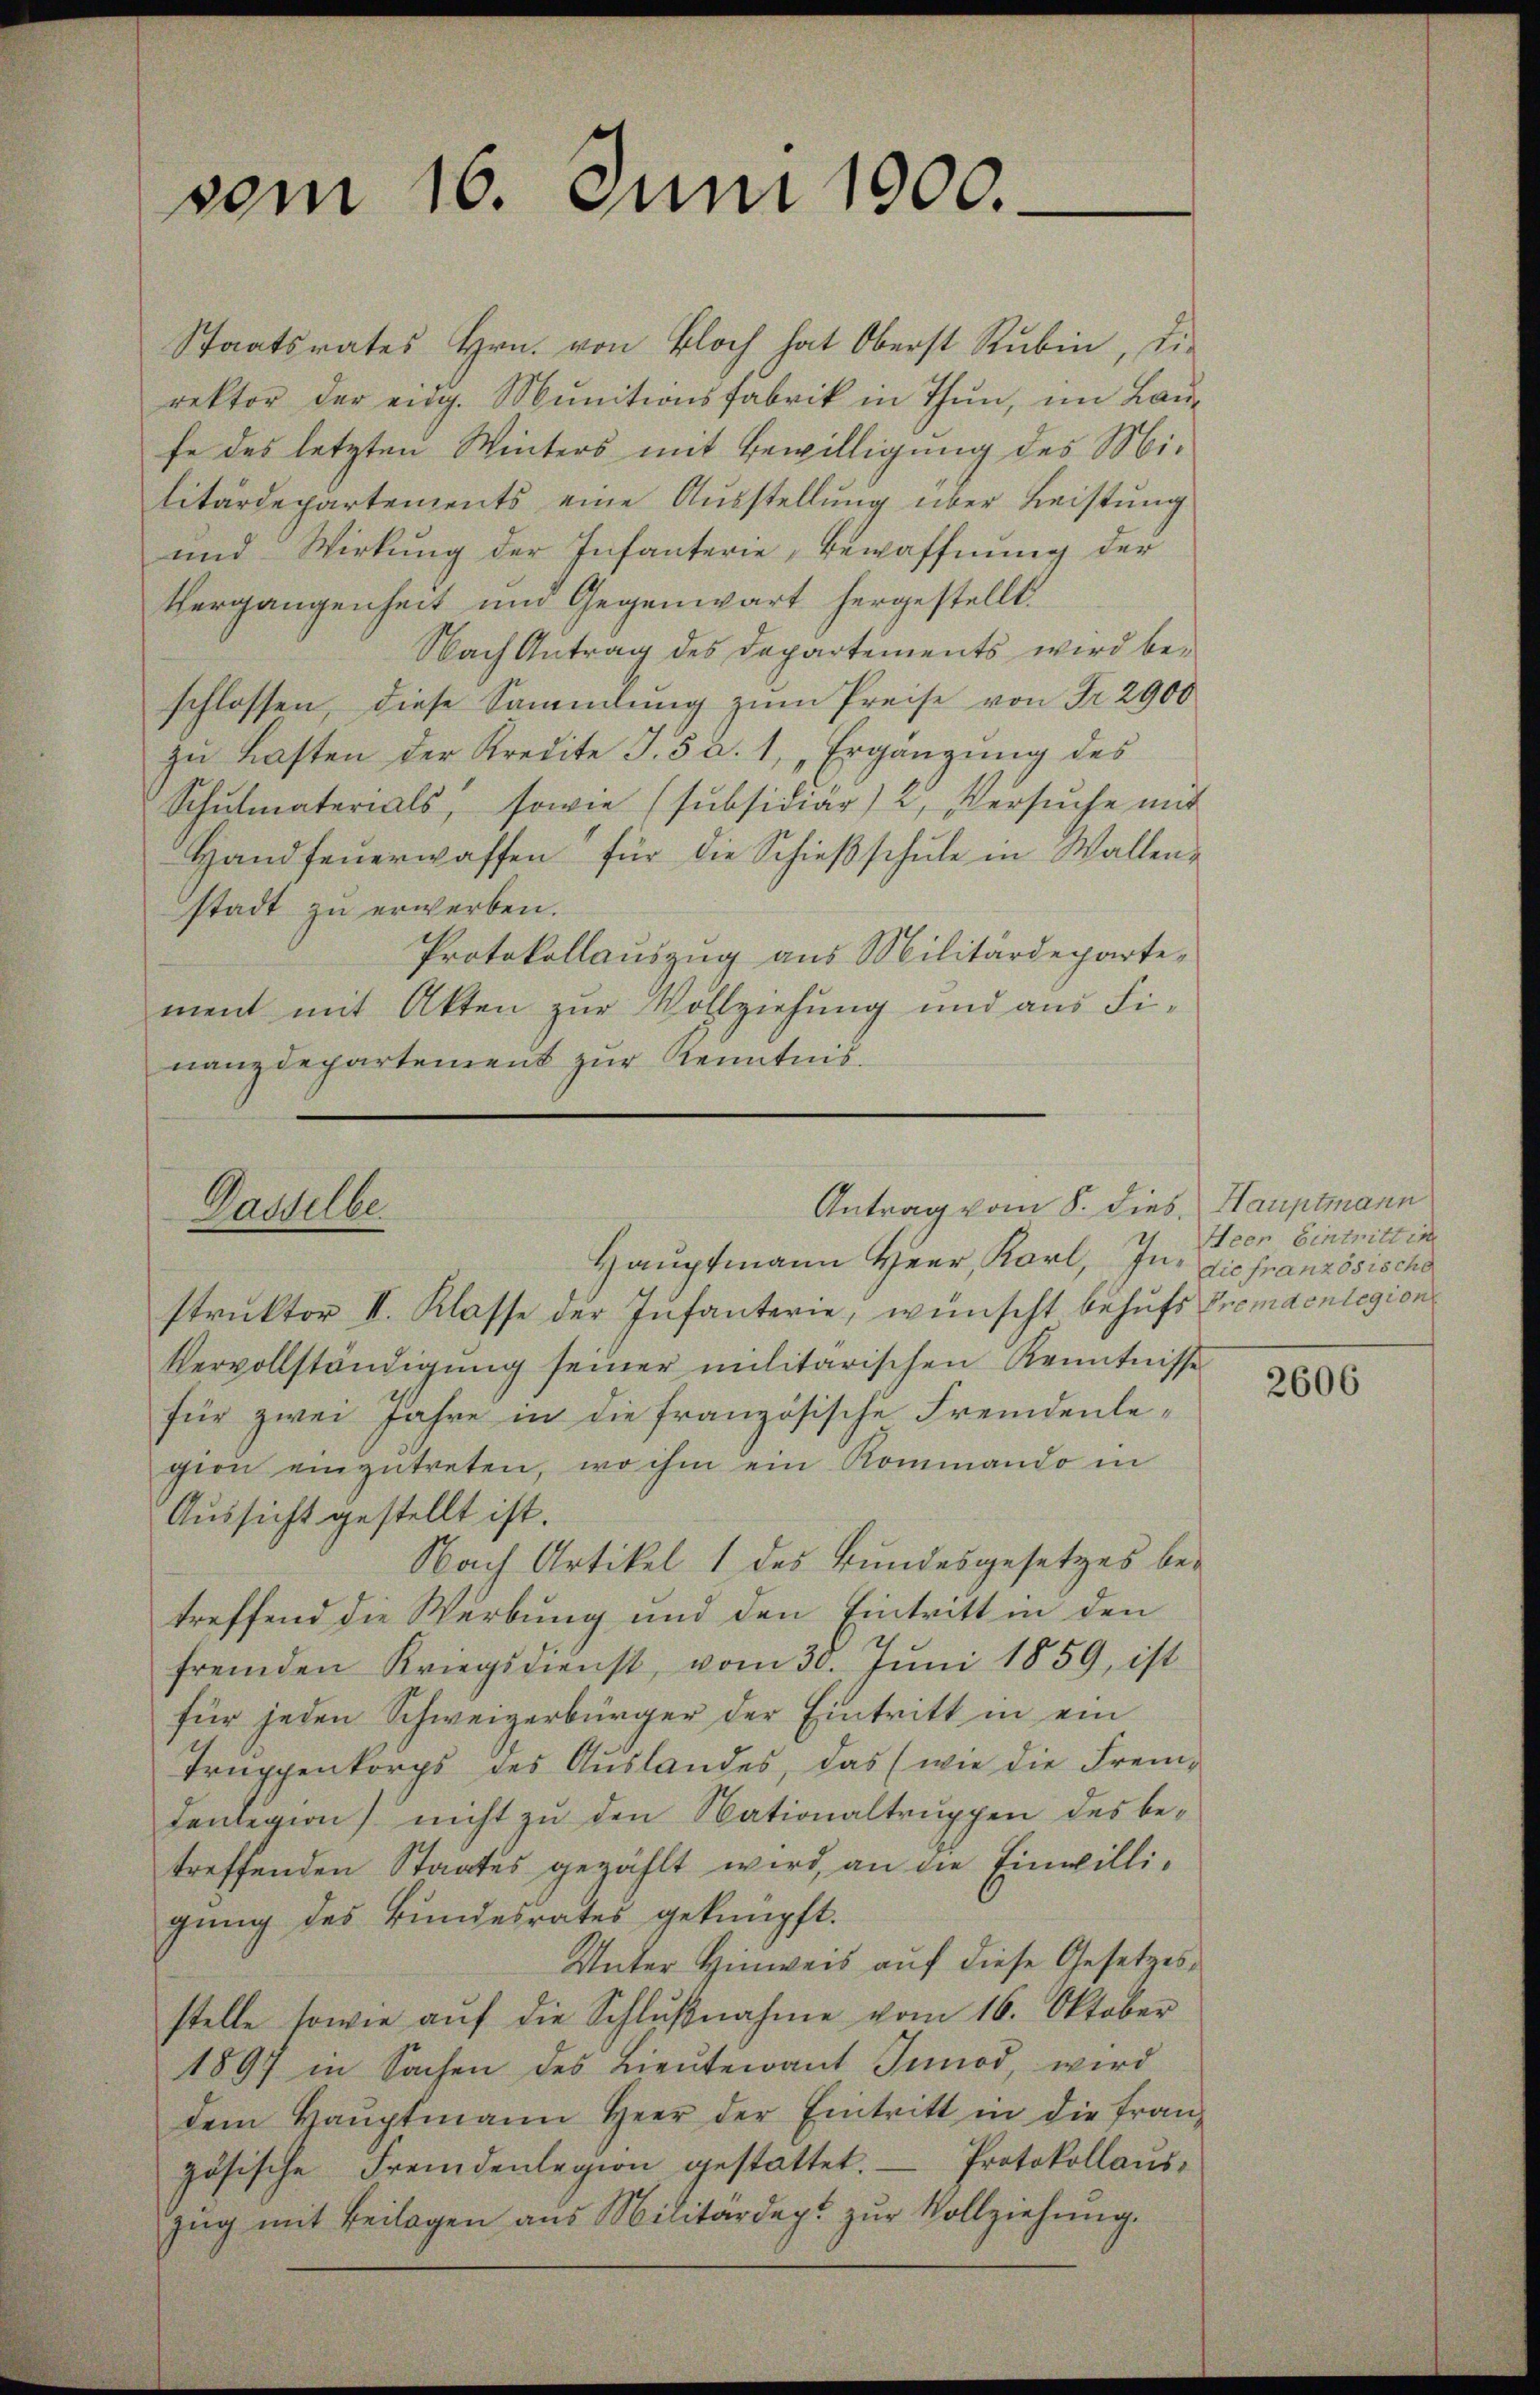
vom 16. Juni 1900.

Antrag vom 8. dies Hauptmann
Dasselbe

Hauptmann Herr, Karl, In die französische
struktor II. Klasse der Infanterie, wünscht behufs Fremdenlegion
Vervollständigung seiner militärischen Kenntnisse
für zwei Jahre in die französische Fremdenlegion einzŭtreten, wo ihm ein Kommando in
Aussicht gestellt ist.
Nach Artikel 1 des Bundesgesetzes betreffend die Werbung und den Eintritt in den
fremden Kriegsdienst, vom 30. Juni 1859, ist
für jeden Schweizerbürger der Eintritt in ein
Truppenkorps des Auslandes, das (wie die Fremdenlegion nicht zu den Nationaltruppen des be-
treffenden Staates gezählt wird, an die Einwilligung des Bundesrates geknüpft.
Unter Hinweis auf diese Gesetzesstelle sowie aŭf die Schlŭβnahme vom 16. Oktober
1897 in Sachen des Lieŭtenant Innod, wird
dem Haŭptmann Herr der Eintritt in die fran-
zösische Fremdenlegion gestattet. Protokollaŭs-
zŭg mit Beilagen aus Militärdept zŭr Vollziehŭng.

Staatsrates Hrn. von Bloch hat Oberst Rubin, die
rektor der eidg. Munitionsfabrik in Thun, im Laufe des letzten Winters mit Bewilligung des Militärdepartements eine Ausstellung über Leistung
und Wirkung der Infanterie, Bewaffnung der
Vergangenheit und Gegenwart hergestellt.
Nach Antrag des Departements wird beschlossen, diese Sammlung zum Preise von Fr. 2900
zu Lasten der Kredite J.5 d. 1, Ergänzung des
Schŭlmaterials, sowie (subsidiär) 2. Versŭche mit
Handfeŭerwaffen für die Schieβschŭle in Wallen-
stadt zu erwerben.
Protokollauszug aus Militärdeparte,
ment mit Akten zur Vollziehung und aus Fi-
nanzdepartement zur Kenntnis.

Heer Eintritt in

2606